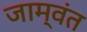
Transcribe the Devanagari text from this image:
जाम्वंत